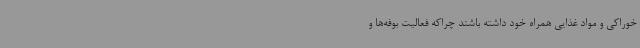
خوراکی و مواد غذایی همراه خود داشته باشند چراکه فعالیت بوفه‌ها و